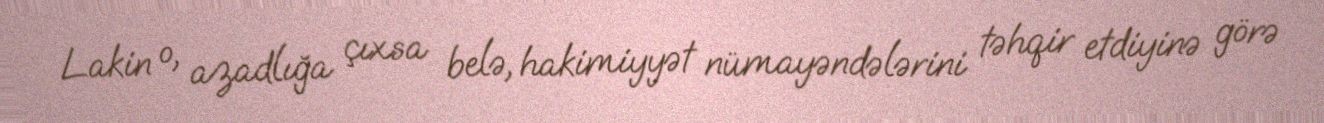
Lakin o, azadlığa çıxsa belə, hakimiyyət nümayəndələrini təhqir etdiyinə görə